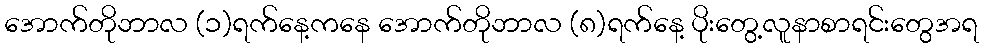
အောက်တိုဘာလ (၁)ရက်နေ့ကနေ အောက်တိုဘာလ (၈)ရက်နေ့ ပိုးတွေ့လူနာစာရင်းတွေအရ